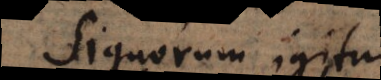
Signorum igitur